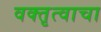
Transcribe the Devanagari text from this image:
वक्तृत्वाचा